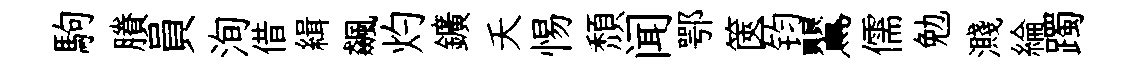
駒賸員洵借緝飆灼鑛夭惕頽闻鄂篋钧鸎儒勉濺綸躅